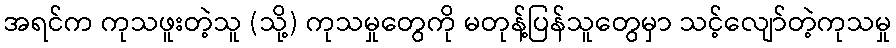
အရင်က ကုသဖူးတဲ့သူ (သို့) ကုသမှုတွေကို မတုန့်ပြန်သူတွေမှာ သင့်လျော်တဲ့ကုသမှု